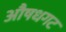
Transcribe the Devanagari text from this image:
औषधगट